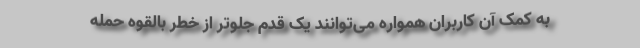
به کمک آن کاربران همواره می‌توانند یک قدم جلوتر از خطر بالقوه حمله